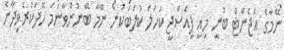
ނޭމާގެ އެޖެންޓް ބުނީ މިއީ ޕީއެސްޖީ ކަހަލަ ކުލަބަކުން ނޭމާ ބޭނުންވާނަމަ ހޭދަކުރެވިދާނެ